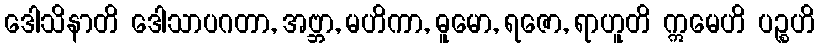
ဒေါသိနာတိ ဒေါသာပဂတာ, အဗ္ဘာ, မဟိကာ, ဓူမော, ရဇော, ရာဟူတိ ဣမေဟိ ပဉ္စဟိ